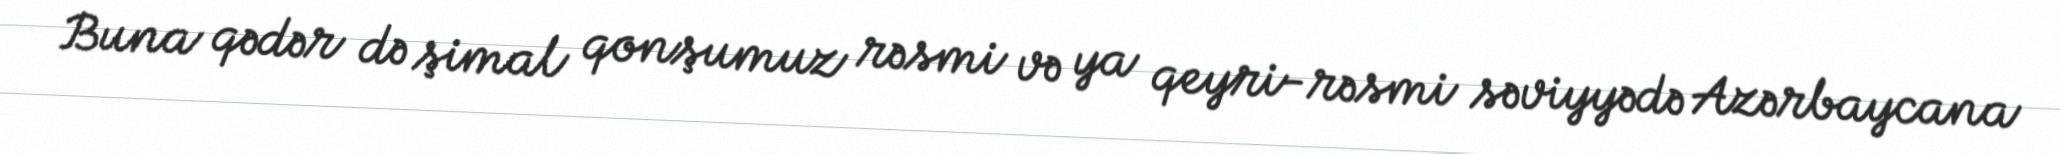
Buna qədər də şimal qonşumuz rəsmi və ya qeyri-rəsmi səviyyədə Azərbaycana